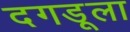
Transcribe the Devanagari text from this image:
दगडूला